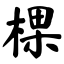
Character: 棵